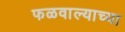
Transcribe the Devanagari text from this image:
फळवाल्याच्या